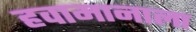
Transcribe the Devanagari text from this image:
हवामानाला